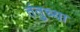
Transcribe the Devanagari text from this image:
तंतुच्या